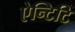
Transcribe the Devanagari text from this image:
ऐन्टिटि